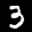
Label: 3